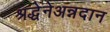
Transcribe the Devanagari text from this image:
श्रद्धेनेअन्नदान